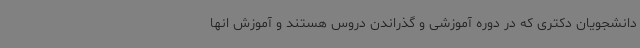
دانشجویان دکتری که در دوره آموزشی و گذراندن دروس هستند و آموزش انها